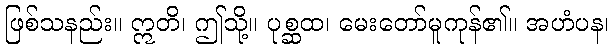
ဖြစ်သနည်း။ ဣတိ၊ ဤသို့။ ပုစ္ဆထ၊ မေးတော်မူကုန်၏။ အဟံပန၊